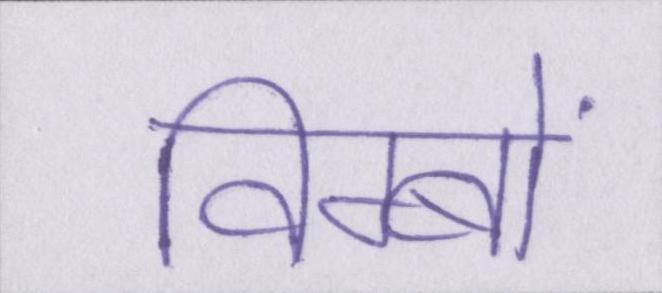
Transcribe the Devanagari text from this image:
विम्बों